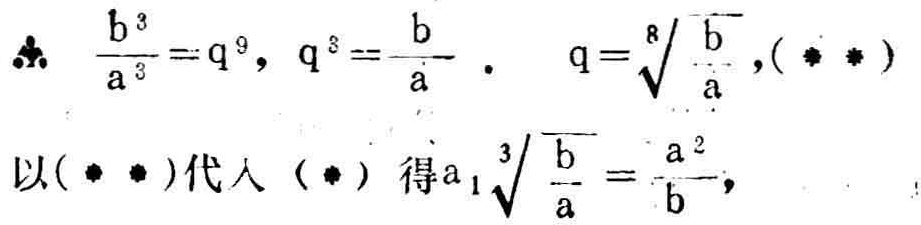
\[
\begin{align*}
\therefore\ \frac{b^{3}}{a^{3}}&=q^{9},\ q^{3}=\frac{b}{a}.\ \ q = \sqrt[8]{\frac{b}{a}},(\ast\ast)\\
以(\ast\ast)代入(\ast)\ 得a_{1}\sqrt[3]{\frac{b}{a}}&=\frac{a^{2}}{b},
\end{align*}
\]